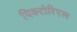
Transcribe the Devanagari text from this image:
पिक्टोरिएल